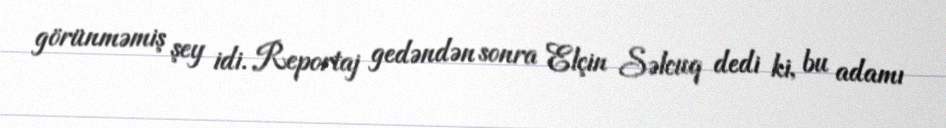
görünməmiş şey idi. Reportaj gedəndən sonra Elçin Səlcuq dedi ki, bu adamı